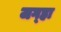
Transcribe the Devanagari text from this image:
जग्हा